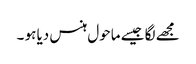
مجھے لگا جیسے ماحول ہنس دیا ہو ۔